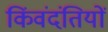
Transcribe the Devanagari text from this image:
किंवंदंतियों